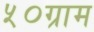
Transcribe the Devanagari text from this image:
५०ग्राम